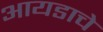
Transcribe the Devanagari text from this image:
आयडाचे